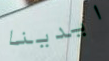
ايدينا